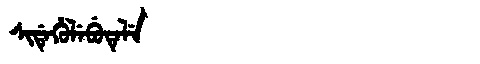
Manchu: ᠰᡳᡩᡝᡥᡠᠯᡝᠪᡠᡨᡝᠯᡝ
Romanization: SIDEHULEBUTELE